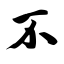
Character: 不